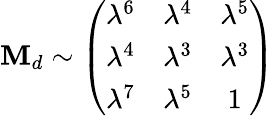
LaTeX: \mathbf{M}_{d}\sim\left(\begin{array}{ccc}{{\lambda^{6}}}&{{\lambda^{4}}}&{{\lambda^{5}}}\\ {{\lambda^{4}}}&{{\lambda^{3}}}&{{\lambda^{3}}}\\ {{\lambda^{7}}}&{{\lambda^{5}}}&{{1}}\end{array}\right)